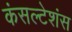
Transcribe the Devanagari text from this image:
कंसल्टेशंस